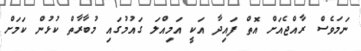
ނަމަވެސް ރާއްޖެއަށް އޮތް ފައިދާ އަކީ އަމިއްލަ ގައުމުގައި މުބާރާތް ކުޅުން ކަމަށް